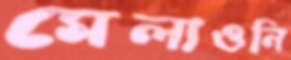
মেলাওনি